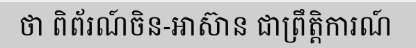
ថា ពិព័រណ៍ចិន-អាស៊ាន ជាព្រឹត្តិការណ៍